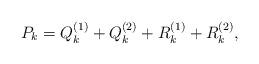
LaTeX: \begin{align*}P_k = Q_k^{(1)} + Q_k^{(2)} + R_k^{(1)} + R_k^{(2)}, \end{align*}